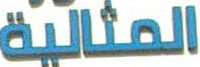
المثالية